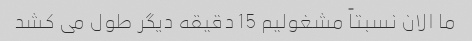
ما الان نسبتاً مشغولیم 15 دقیقه دیگر طول می کشد